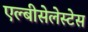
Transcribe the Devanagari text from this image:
एल्बीसेलेस्टेस